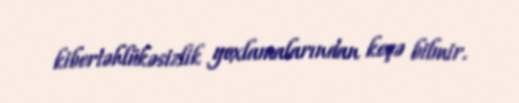
kibertəhlükəsizlik yoxlamalarından keçə bilmir.